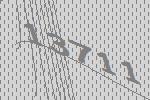
13711